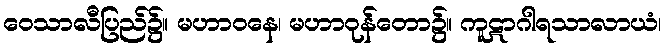
ဝေသာလီပြည်၌။ မဟာဝနေ၊ မဟာဝုန်တော၌။ ကူဋာဂါရသာလာယံ၊